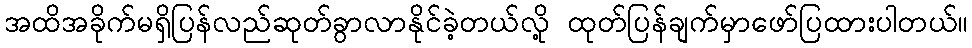
အထိအခိုက်မရှိပြန်လည်ဆုတ်ခွာလာနိုင်ခဲ့တယ်လို့ ထုတ်ပြန်ချက်မှာဖော်ပြထားပါတယ်။